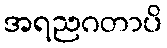
အရညဂတာပိ